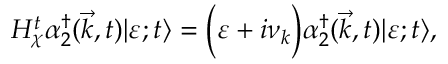
H _ { \chi } ^ { t } { \alpha } _ { 2 } ^ { \dagger } ( { \vec { k } } , t ) | \varepsilon ; t \rangle = \Big ( { \varepsilon } + i { \nu } _ { k } \Big ) { \alpha } _ { 2 } ^ { \dagger } ( { \vec { k } } , t ) | \varepsilon ; t \rangle ,